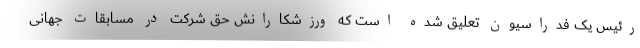
رئیس یک فدراسیون تعلیق شده است که ورزشکارانش حق شرکت در مسابقات جهانی